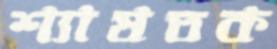
শ্যাষতক